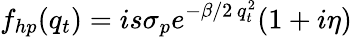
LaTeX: f_{hp}(q_{t})=is\sigma_{p}e^{-\beta/2\, q_{t}^{2}}(1+i\eta)